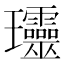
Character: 𤫩